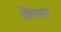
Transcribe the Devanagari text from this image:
फ्रेंच्स